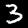
Digit: 3